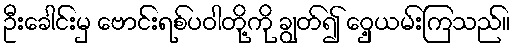
ဦးခေါင်းမှ ဗောင်းရစ်ပဝါတို့ကို ချွတ်၍ ဝှေ့ယမ်းကြသည်။